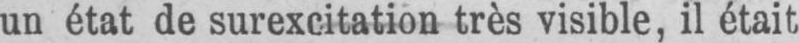
un état de surexcitation très visible, il était